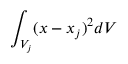
\int _ { V _ { j } } ( { x } - { x } _ { j } ) ^ { 2 } d V